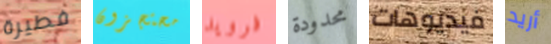
فطيرة محتجزون فرويد محدودة فيديوهات أريد